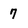
Character: 7